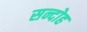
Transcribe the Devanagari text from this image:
सन्दोह